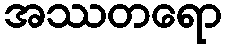
အဿတရော